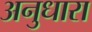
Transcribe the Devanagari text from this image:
अनुधारा